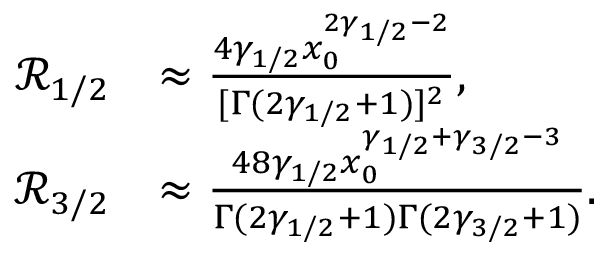
\begin{array} { r l } { { \ensuremath { \mathcal R } } _ { 1 / 2 } } & { \approx \frac { 4 \gamma _ { 1 / 2 } x _ { 0 } ^ { 2 \gamma _ { 1 / 2 } - 2 } } { [ \Gamma ( 2 \gamma _ { 1 / 2 } + 1 ) ] ^ { 2 } } , } \\ { { \ensuremath { \mathcal R } } _ { 3 / 2 } } & { \approx \frac { 4 8 \gamma _ { 1 / 2 } x _ { 0 } ^ { \gamma _ { 1 / 2 } + \gamma _ { 3 / 2 } - 3 } } { \Gamma ( 2 \gamma _ { 1 / 2 } + 1 ) \Gamma ( 2 \gamma _ { 3 / 2 } + 1 ) } . } \end{array}